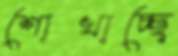
শোখাচ্ছে